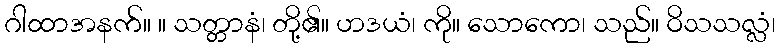
ဂါထာအနက်။ ။ သတ္တာနံ၊ တို့၏။ ဟဒယံ၊ ကို။ သောကော၊ သည်။ ဝိသသလ္လံ၊